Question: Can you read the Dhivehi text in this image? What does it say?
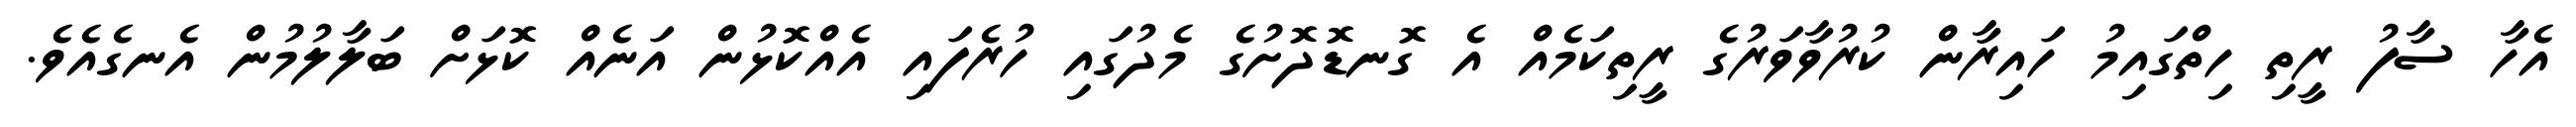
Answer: އެހާ ސާފު ރީތި ހިތްގައިމު ހައިރާން ކުރުވާވަރުގެ ރީތިކަމެއް އެ ގޮނޑޮދޮށުގެ މެދުގައި ހުރެފައި އެއްކޮޅުން އަނެއް ކޮޅަށް ބަލާލުމުން އެނގެއެވެ.